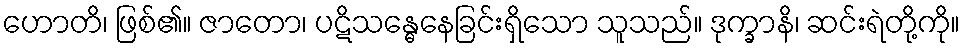
ဟောတိ၊ ဖြစ်၏။ ဇာတော၊ ပဋိသန္ဓေနေခြင်းရှိသော သူသည်။ ဒုက္ခာနိ၊ ဆင်းရဲတို့ကို။